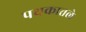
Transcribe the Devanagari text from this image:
पथकातले